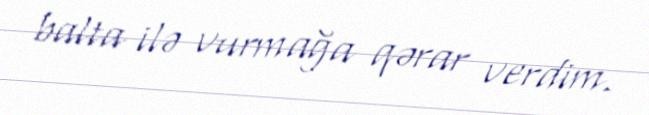
balta ilə vurmağa qərar verdim.